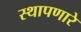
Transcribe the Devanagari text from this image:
स्थापणारे